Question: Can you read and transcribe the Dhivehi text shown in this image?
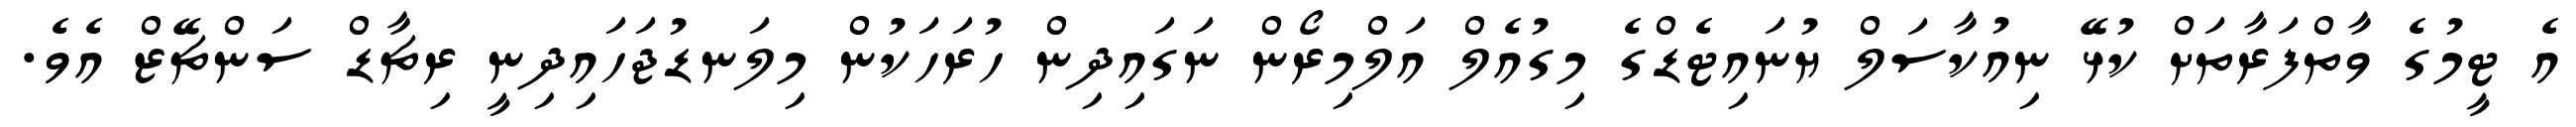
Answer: އެ ޓީމުގެ ވާތްފަރާތަށް ކުޅޭ ނިއުކާސަލް ޔުނައިޓެޑްގެ މިގުއެލް އަލްމިރޯން ނަގައިދިން ހުރަހަކުން މިލަނޑުޖަހައިދިނީ ރިޗާޑް ސަންޗޭޒް އެވެ.